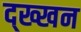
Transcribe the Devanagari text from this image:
द्ख्खन